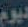
ديوم